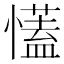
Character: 𢣏